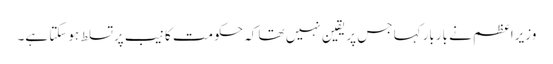
وزیراعظم نے باربارکہا جس پر یقین نہیں تھا کہ حکومت کا نیب پرتسلط ہوسکتا ہے۔